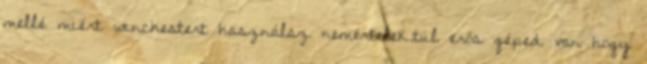
mellé miért winchestert használsz nemértelek.túl erős géped van hogy